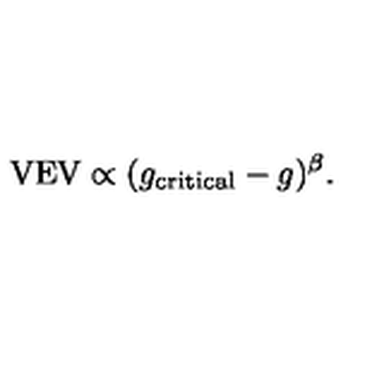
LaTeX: \mathrm { V E V } \propto ( g _ { \mathrm { c r i t i c a l } } - g ) ^ { \beta } .